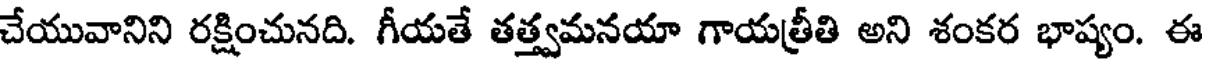
చేయువానిని రక్షించునది. గీయతే తత్త్వమనయా గాయత్రీతి అని శంకర భాష్యం. ఈ